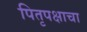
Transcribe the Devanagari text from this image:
पितृपक्षाचा